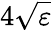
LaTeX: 4\sqrt\varepsilon